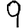
Digit: 9